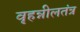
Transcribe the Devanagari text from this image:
वृहन्नीलतंत्र